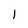
Character: l